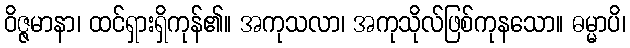
ဝိဇ္ဇမာနာ၊ ထင်ရှားရှိကုန်၏။ အကုသလာ၊ အကုသိုလ်ဖြစ်ကုနသော။ ဓမ္မာပိ၊